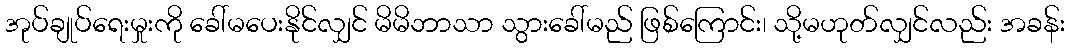
အုပ်ချုပ်ရေးမှုးကို ခေါ်မပေးနိုင်လျှင် မိမိဘာသာ သွားခေါ်မည် ဖြစ်ကြောင်း၊ သို့မဟုတ်လျှင်လည်း အခန်း